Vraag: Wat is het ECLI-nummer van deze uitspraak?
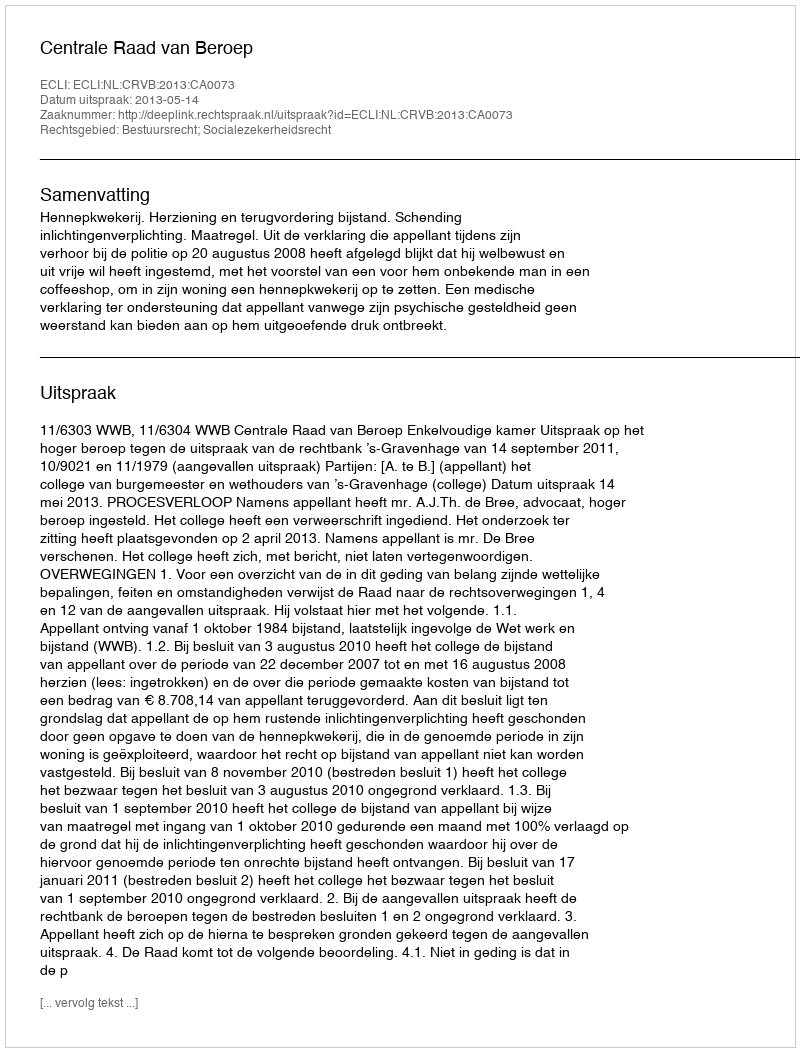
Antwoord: ECLI:NL:CRVB:2013:CA0073